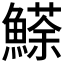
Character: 𩻓